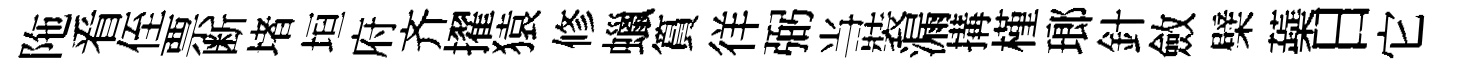
陁㸔侄票断堵垣府齐擢猿修蠟篔徉弼当裝漏搆槿瑯針斂檗蘃日它